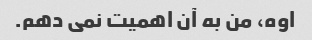
اوه، من به آن اهمیت نمی دهم.